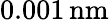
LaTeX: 0.001\, \mathrm{nm}